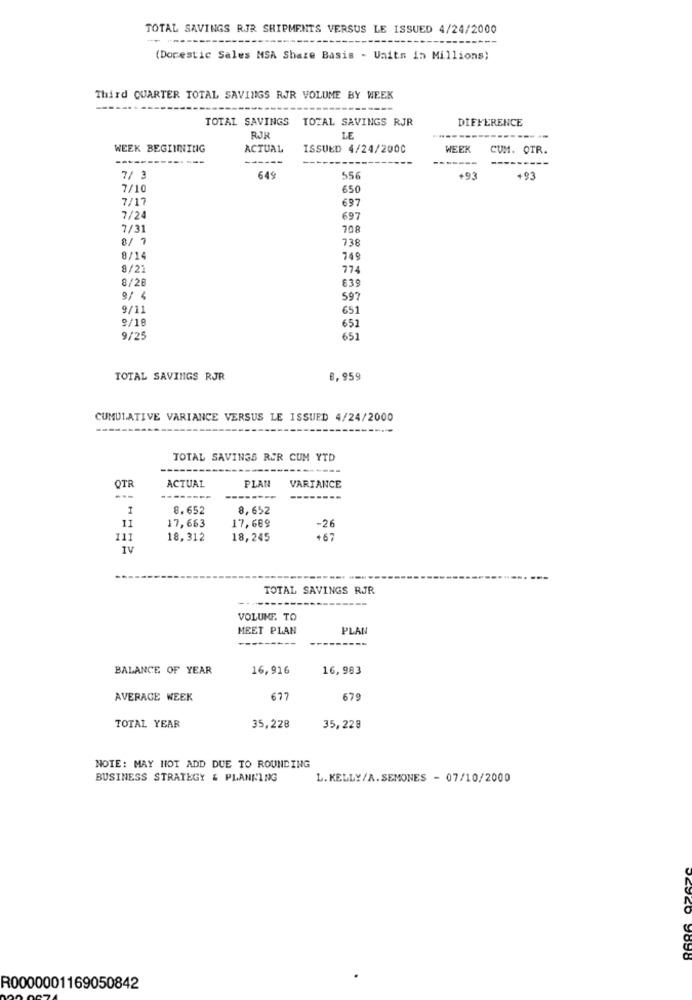
TOTAL SAVINGS RJR SHIPMENTS VERSUS LE ISSUED 4/24/2000
(Docestic Sales MSA Share Basis - Units in Millions;
Third QUARTER TOTAL SAVINGS RJR VOLUME BY WEEK
--------
TOTAL SAVINGS
TOTAL SAVINGS RJR
DIFFERENCE
RJR
LE
WEEK BEGINNING
ACTUAL
ISSUED 4/24/2000
WEEK
CUM. OTR.
-----
------
7/ 3
649
556
+93
+93
7/10
650
7/17
697
7/24
697
7/31
708
8/ 7
738
8/14
749
9/21
774
8/28
839
9/ 4
597
9/11
651
9/10
651
9/25
651
TOTAL SAVINGS RJR
8,959
CUMULATIVE VARIANCE VERSUS LE ISSUED 4/24/2000
TOTAL SAVINGS RER CUM YTD
ACTUAL
PLAN
VARIANCE
QTR
--------
8.652
8,652
17,663
17,689
11
-26
111
18,312
18,245
+67
IV
TOTAL SAVINGS RJR
VOLUME. TO
MEET PLAN
PLAN
-----
BALANCE OF YEAR
16,916
16,983
AVERAGE WEEK
677
679
TOTAL YEAR
35,228
35,228
NOTE: MAY NOT ADD DUE TO ROUNDING
BUSINESS STRATEGY & PLANKING
L. KELLY/A.SEMONES - 07/10/2000
9898
R0000001169050842